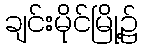
ချင်းမိုင်မြို့၌